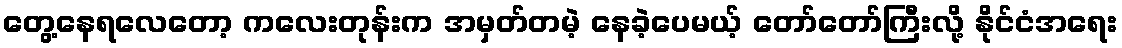
တွေ့နေရလေတော့ ကလေးတုန်းက အမှတ်တမဲ့ နေခဲ့ပေမယ့် တော်တော်ကြီးလို့ နိုင်ငံအရေး